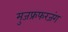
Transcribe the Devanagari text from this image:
मुजफ्रफरजंग